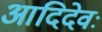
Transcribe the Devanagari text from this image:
आदिदेवः